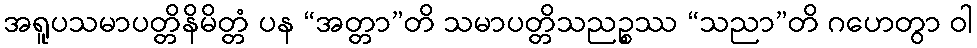
အရူပသမာပတ္တိနိမိတ္တံ ပန “အတ္တာ”တိ သမာပတ္တိသညဉ္စဿ “သညာ”တိ ဂဟေတွာ ဝါ